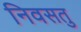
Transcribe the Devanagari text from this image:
निवसतु